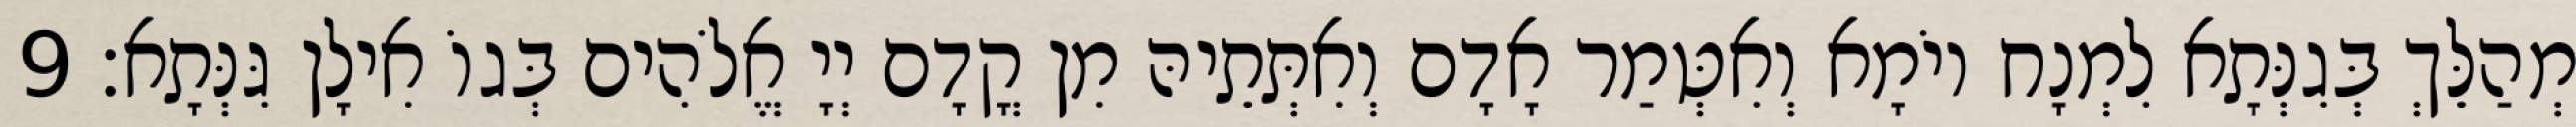
מְהַלֵּךְ בְּגִנְּתָא לִמְנָח יוֹמָא וְאִטְּמַר אָדָם וְאִתְּתֵיהּ מִן קֳדָם יְיָ אֱלֹהִים בְּגוֹ אִילָן גִּנְּתָא׃ 9